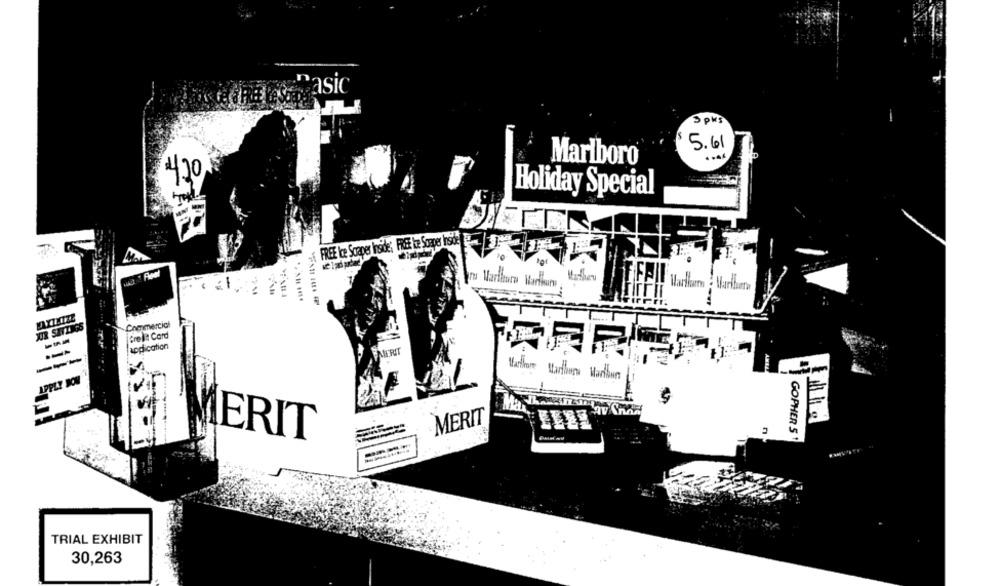
asic
3 pms
5.61
Marlboro
420
Holiday Special
FREE Ibe Scraper Inside; FREE ke Soaper Inside
the
nu Marfatura Harbury
Marliam Mariburro
JUR SETINGS
Commercici
Credit Card
application
MERIT
---
Marthare Marthurs Marioun
APPLY DON
MERIT
ERIT
GOPHER 5 1
TRIAL EXHIBIT
30,263